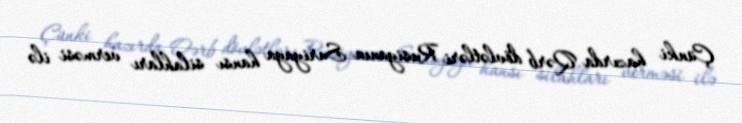
Çünki hazırda Qərb dövlətləri Rusiyanın Suriyaya hansı silahları verməsi ilə